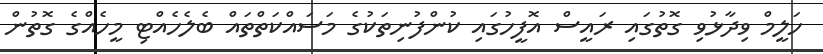
ހަލީމް ވިދާޅުވި ގޮތުގައި ރައީސް އޮފީހުގައި ކުންފުނިތަކުގެ މަސައްކަތްތައް ބެލެހެއްޓި މީހެއްގެ ގޮތުން